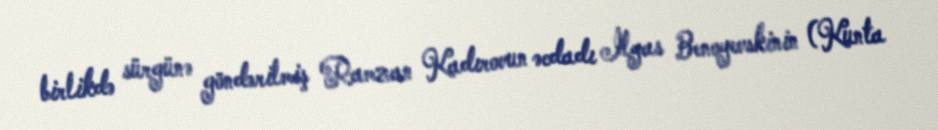
birlikdə sürgünə göndərilmiş Ramzan Kadırovun əcdadı İlyas Benoyevskinin (Kunta